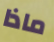
ماذا